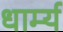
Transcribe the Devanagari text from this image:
धार्म्य